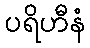
ပရိဟီနံ